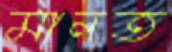
মানত